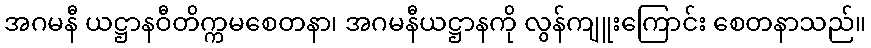
အဂမနီ ယဋ္ဌာနဝီတိက္ကမစေတနာ၊ အဂမနီယဋ္ဌာနကို လွန်ကျူးကြောင်း စေတနာသည်။